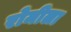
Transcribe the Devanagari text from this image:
रोमीला